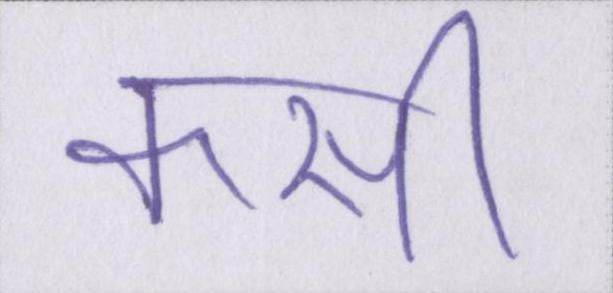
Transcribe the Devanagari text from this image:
कसी